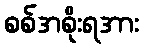
စစ်အစိုးရအား